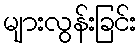
များလွန်းခြင်း